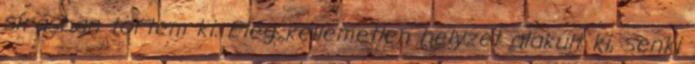
sírásban törtem ki. Elég kellemetlen helyzet alakult ki, senki